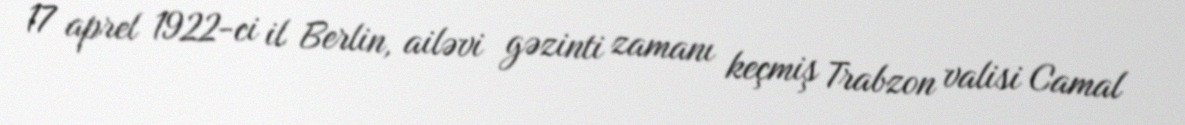
17 aprel 1922-ci il Berlin, ailəvi gəzinti zamanı keçmiş Trabzon valisi Camal